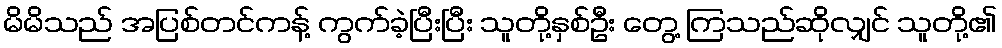
မိမိသည် အပြစ်တင်ကန့် ကွက်ခဲ့ပြီးပြီး သူတို့နှစ်ဦး တွေ့ ကြသည်ဆိုလျှင် သူတို့၏